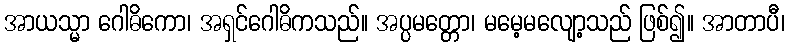
အာယသ္မာ ဂေါဓိကော၊ အရှင်ဂေါဓိကသည်။ အပ္ပမတ္တော၊ မမေ့မလျော့သည် ဖြစ်၍။ အာတာပီ၊